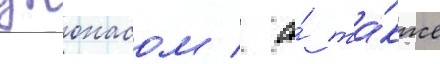
джонасом / а́ та́кже